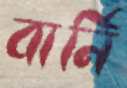
বার্নি